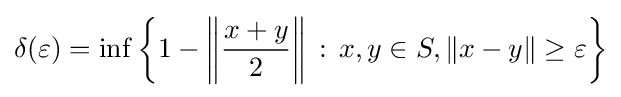
\delta (\varepsilon )=\inf \left\{1-\left\|{\frac {x+y}{2}}\right\|\,:\,x,y\in S,\|x-y\|\geq \varepsilon \right\}